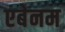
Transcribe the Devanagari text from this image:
एबेनम